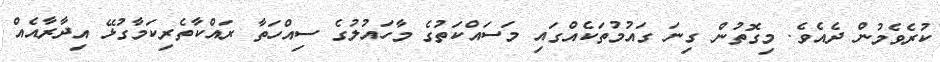
ކުރެވެމުން ދެއެވެ. މިގޮތުން ގިނަ ގައުމުތަކެއްގައި މަސައްކަތުގެ މާހައުލުގެ ސިއްހަތާ ރައްކާތެރިކަމާގުޅޭ އިދާރާއެއް